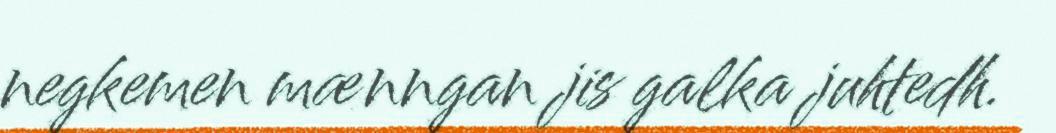
negkemen mænngan jis galka juhtedh.